Civil Veterinary Dept. Bombay admin report 1893-99 - 1893-1899
Year: 1893
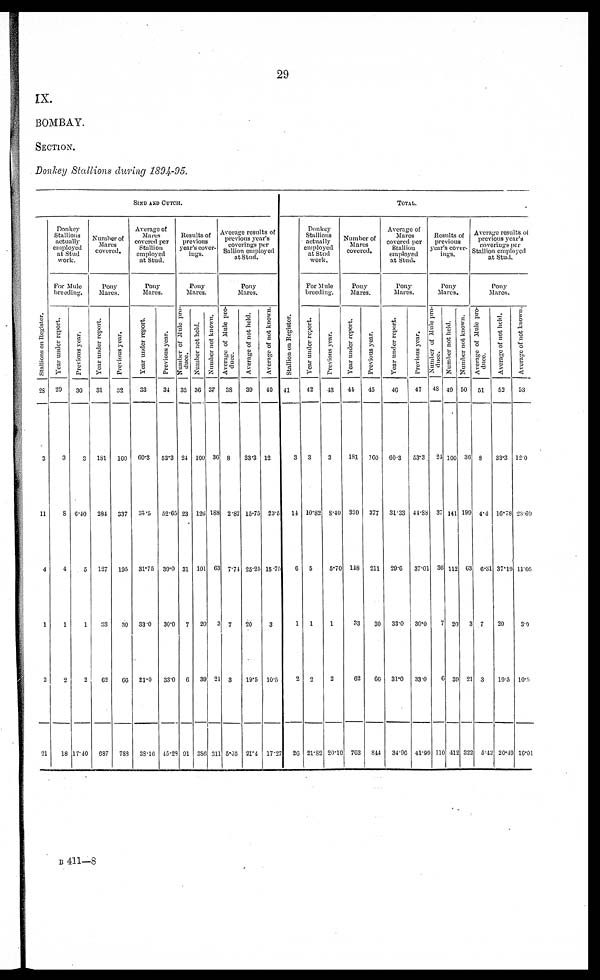
29
IX.
BOMBAY.
SECTION.
Donkey Stallions during 1894--95.
SIND AND CUTCH.
St al l
i
ons on Regi st er .
28
3
11
4
1
2
21
Donkey
Stallions
actually
employed
at Stud
work.
For Mule
breeding.
Year under report.
29
3
8
4
1
2
18
Previous year.
30
3
6.40
5
1
2
17.40
Number of
Mares
covered.
Pony
Mares.
Year under report.
31
181
284
127
33
62
687
Previous year.
32
160
337
105
30
66
788
Average of
Marts
covered per
Stallion
employed
at Stud.
Pony
Mares.
Year under report.
33
60.3
35.5
31.75
33 0
31.0
38.16
Previous year.
34
53.3
52.65
39.0
30.0
33.0
45.28
Results of
previous
year's cover-
ings.
Pony
Mares
Number of Mule pro-
duce.
35
24
23
31
7
6
91
Number not held.
36
100
120
101
20
39
386
Number not known.
37
36
188
63
3
21
311
Average results of
previous year's
coverings per
Sallion employed
at Stud.
Pony
Mares.
Average of Mule pro-
duce.
38
8
2.87
7.74
7
3
5.05
Average of not held.
39
33.3
15.75
25.25
20
19.5
21.4
Average of not known.
40
12
23.5
15.75
3
10.5
17.27
TOTAL.
Stallion on Register.
41
3
14
6
1
2
26
Donkey
Stallions
actually
employed
at Stud
work.
For Mule
breeding.
Year under report.
42
3
10.82
5
1
2
21.82
Previous year.
43
3
8.40
5.70
1
2
20.10
Number of
Mare
covered.
Pony
Mares.
Year under report.
44
181
339
118
33
62
763
Previous year.
45
160
377
211
30
66
844
Average of
Mares
covered per
Stallion
employed
at Stud.
Pony
Mares.
Year under report.
46
60.3
31.33
29.0
33.0
31.0
34.96
Previous year.
47
53.3
44.88
37.01
30.0
33.0
41.99
Results of
previous
year's cover-
ings.
Pony
Mares.
Number of Mule pro-
duce.
48
24
37
36
7
6
110
Number not held.
49
100
141
112
20
39
418
Number not known.
50
36
199
63
3
21
322
Average results of
previous year's
coverings per
Stallion employed
at Stud.
Pony
Mares.
Average of Mule pro-
duce.
51
8
4.4
6.31
7
3
5.42
Average of not held.
52
33.3
16.78
37.19
20
19.5
20.49
Average of not known.
53
120
23.69
11.05
3.0
10.5
16.01
B 411—8